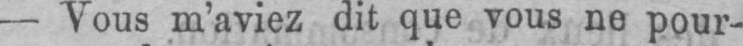
- Vous m’aviez dit que vous ne pour-